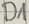
Text: D1